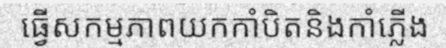
ធ្វើសកម្មភាពយកកាំបិតនិងកាំភ្លើង